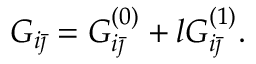
G _ { i \bar { \jmath } } = G _ { i \bar { \jmath } } ^ { ( 0 ) } + l G _ { i \bar { \jmath } } ^ { ( 1 ) } .